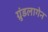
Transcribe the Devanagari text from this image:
ग्रुंडलागेन